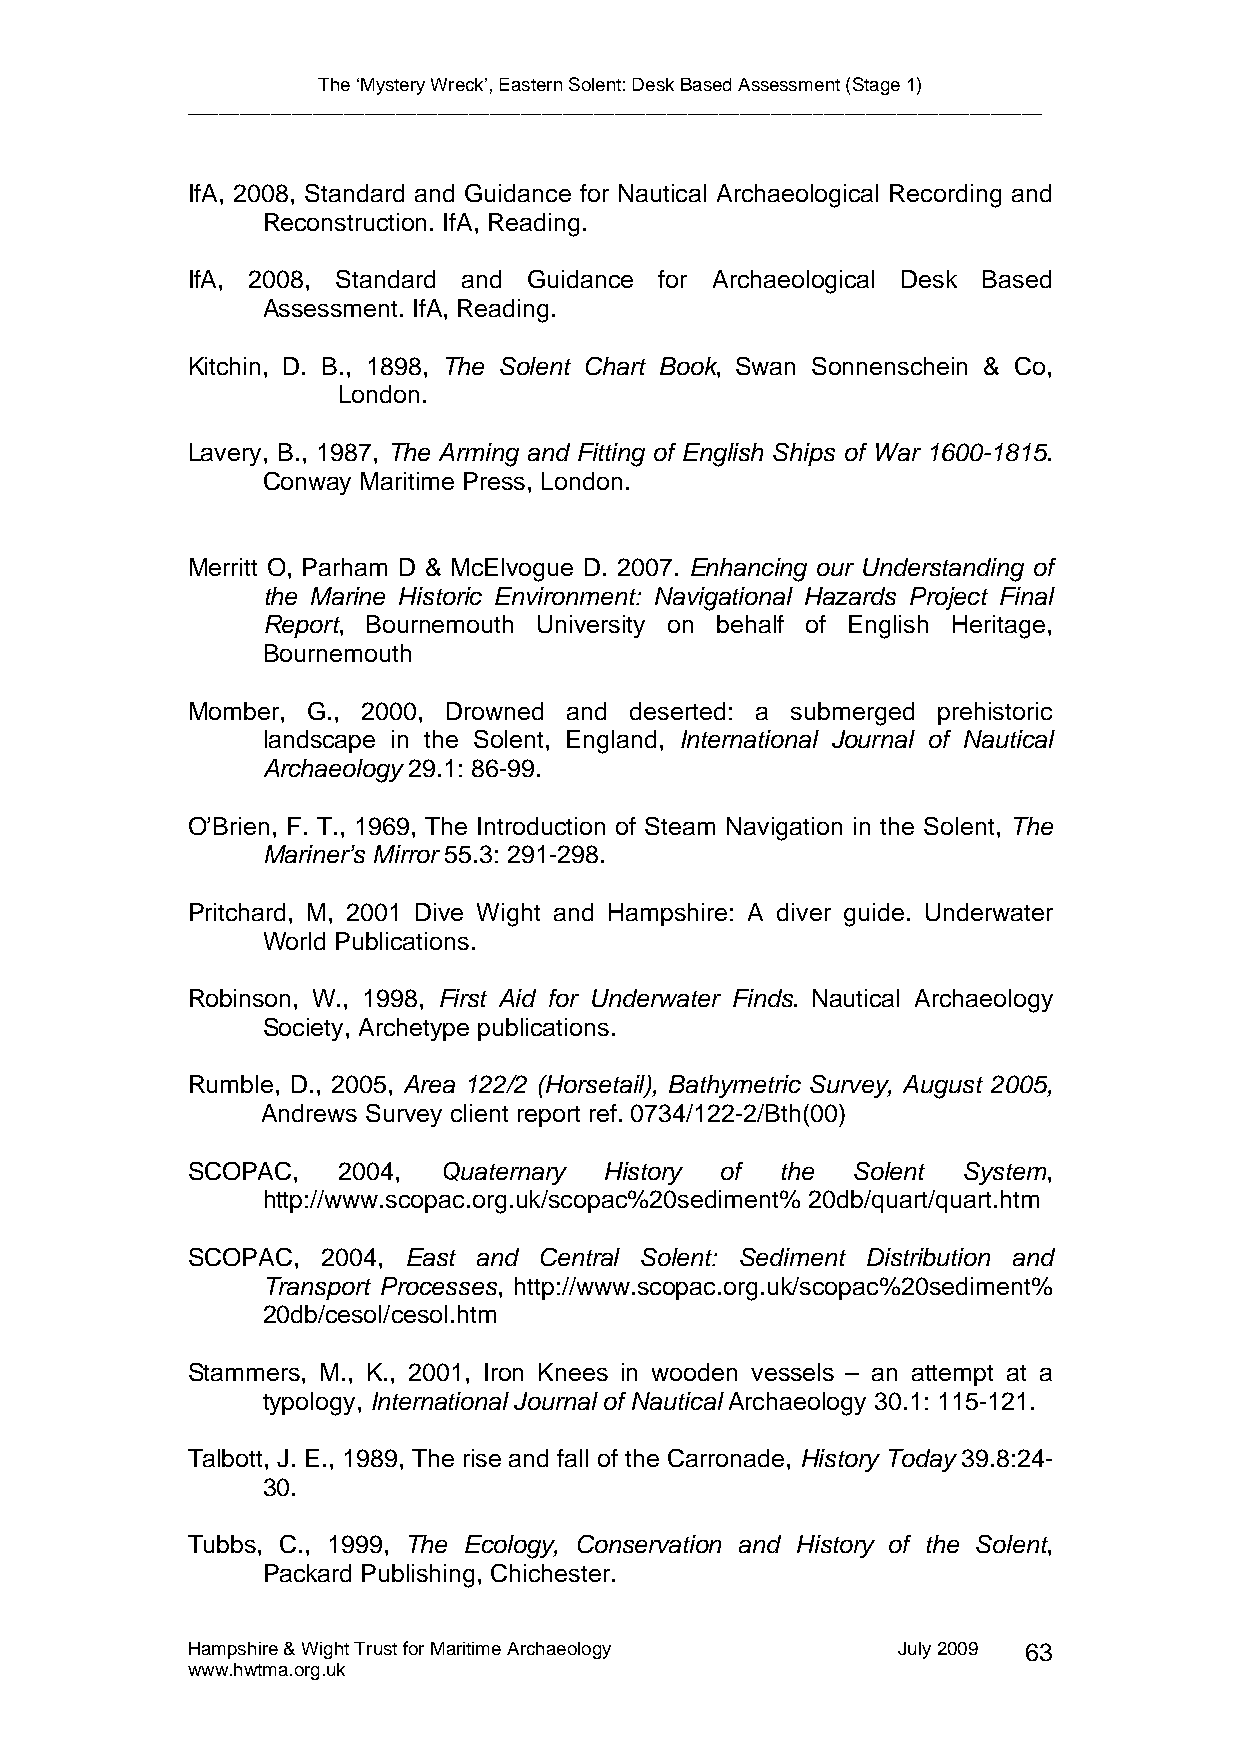
The ‘Mystery Wreck’, Eastern Solent: Desk Based Assessment (Stage 1)
 __________________________________________________________________________________
 IfA, 2008, Standard and Guidance for Nautical Archaeological Recording and
 Reconstruction. IfA, Reading.
 IfA, 2008, Standard and Guidance for Archaeological Desk Based
 Assessment. IfA, Reading.
 Kitchin, D. B., 1898, The Solent Chart Book, Swan Sonnenschein & Co,
 London.
 Lavery, B., 1987, The Arming and Fitting of English Ships of War 1600-1815.
 Conway Maritime Press, London.
 Merritt O, Parham D & McElvogue D. 2007. Enhancing our Understanding of
 the Marine Historic Environment: Navigational Hazards Project Final
 Report, Bournemouth University on behalf of English Heritage,
 Bournemouth
 Momber, G., 2000, Drowned and deserted: a submerged prehistoric
 landscape in the Solent, England, International Journal of Nautical
 Archaeology 29.1: 86-99.
 O’Brien, F. T., 1969, The Introduction of Steam Navigation in the Solent, The
 Mariner’s Mirror 55.3: 291-298.
 Pritchard, M, 2001 Dive Wight and Hampshire: A diver guide. Underwater
 World Publications.
 Robinson, W., 1998, First Aid for Underwater Finds. Nautical Archaeology
 Society, Archetype publications.
 Rumble, D., 2005, Area 122/2 (Horsetail), Bathymetric Survey, August 2005,
 Andrews Survey client report ref. 0734/122-2/Bth(00)
 SCOPAC,   2004,  Quaternary History of  the Solent  System,
 http://www.scopac.org.uk/scopac%20sediment% 20db/quart/quart.htm
 SCOPAC,  2004, East and Central Solent: Sediment Distribution and
 Transport Processes, http://www.scopac.org.uk/scopac%20sediment%
 20db/cesol/cesol.htm
 Stammers, M., K., 2001, Iron Knees in wooden vessels – an attempt at a
 typology, International Journal of Nautical Archaeology 30.1: 115-121.
 Talbott, J. E., 1989, The rise and fall of the Carronade, History Today 39.8:24-
 30.
 Tubbs, C., 1999, The Ecology, Conservation and History of the Solent,
 Packard Publishing, Chichester.
 Hampshire & Wight Trust for Maritime Archaeology July 2009 63
 www.hwtma.org.uk